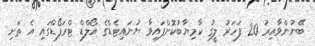
ބޭނުންވާއިރު 20 ފަހަރު ލީގު ކާމިޔާބުކޮށްފައިވާ ޔުނައިޓެޑްގެ އޯލްޑް ޓްރަފޯޑްގައި އެ ތަށި